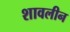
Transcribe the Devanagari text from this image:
शावलीन